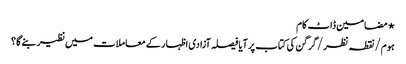
⋆ مضامین ڈاٹ کام
ہوم/نقطہ نظر/گرگن کی کتاب پر آیا فیصلہ آزادی اظہار کے معاملات میں نظیر بنے گا؟